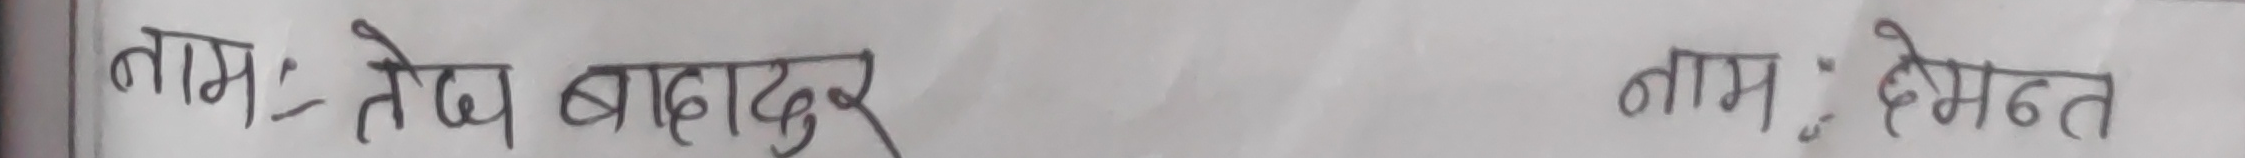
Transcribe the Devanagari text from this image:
नाम : तेजबहादुर         नाम : हेमन्त